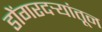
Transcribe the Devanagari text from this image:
डोंगरदर्‍यांतून